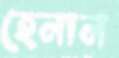
হেনান